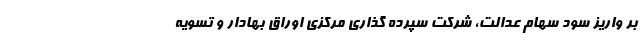
بر واریز سود سهام عدالت، شرکت سپرده گذاری مرکزی اوراق بهادار و تسویه